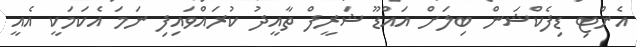
އެންޓި ޑިފެކްޝަން ބިލަށް އައްޑޫ ޝަރީފް ތާއީދު ކުރައްވައިފި ނަމަ އެކަމަކީ އެއީ